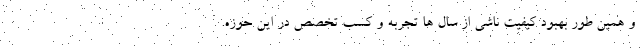
و همین طور بهبود کیفیت ناشی از سال ها تجربه و کسب تخصص در این حوزه.